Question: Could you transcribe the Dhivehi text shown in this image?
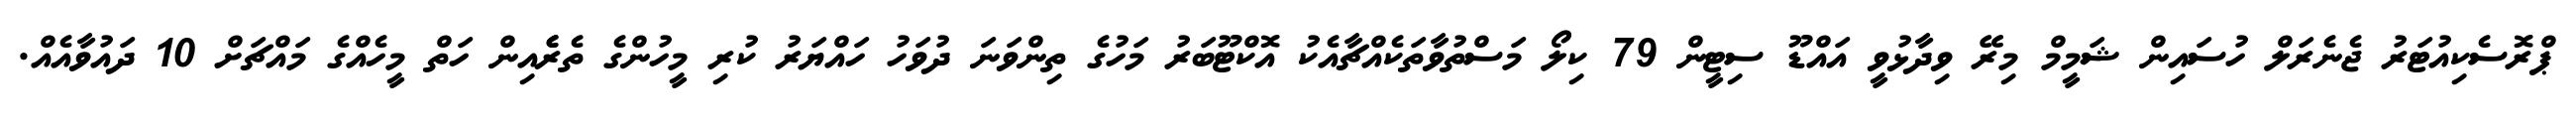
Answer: ޕްރޮސެކިއުޓަރު ޖެނެރަލް ހުސައިން ޝަމީމް މިރޭ ވިދާޅުވީ އައްޑޫ ސިޓީން 79 ކިލޯ މަސްތުވާތަކެއްޗާއެކު އޮކްޓޫބަރު މަހުގެ ތިންވަނަ ދުވަހު ހައްޔަރު ކުރި މީހުންގެ ތެރެެއިން ހަތް މީހެއްގެ މައްޗަށް 10 ދައުވާއެއް.